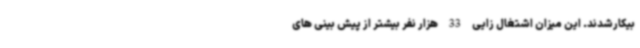
بیکارشدند. این میزان اشتغال زایی 33 هزار نفر بیشتر از پیش بینی های